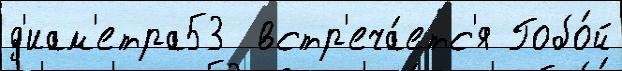
д'иам'етра53  встр'еча́етс'я Гобо́й